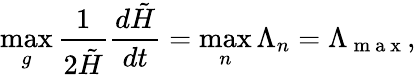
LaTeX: \operatorname*{max}_{g}\frac{1}{2\tilde{H}}\frac{d\tilde{H}}{dt}=\operatorname*{max}_{n}\Lambda_{n}=\Lambda_{\mathrm{~m~a~x~}},